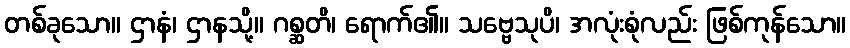
တစ်ခုသော။ ဌာနံ၊ ဌာနသို့။ ဂစ္ဆတိ၊ ရောက်၏။ သဗ္ဗေသုပိ၊ အလုံးစုံလည်း ဖြစ်ကုန်သော။